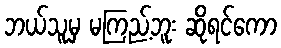
ဘယ်သူမှ မကြည့်ဘူး ဆိုရင်ကော